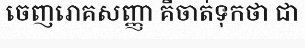
ចេញរោគសញ្ញា គឺចាត់ទុកថា ជា